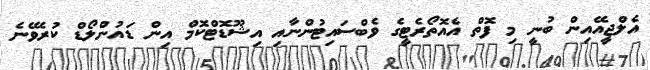
އެލްޖީއޭއިން ބުނީ މި ފޮތް އެއޮތޯރެޓީގެ ވެބްސައިޓުންނާއި އިޝޫޑޮޓްކޮމް އިން ޑައުންލޯޑް ކުރެވޭނެ